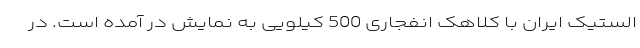
الستیک ایران با کلاهک انفجاری 500 کیلویی به نمایش در آمده است. در